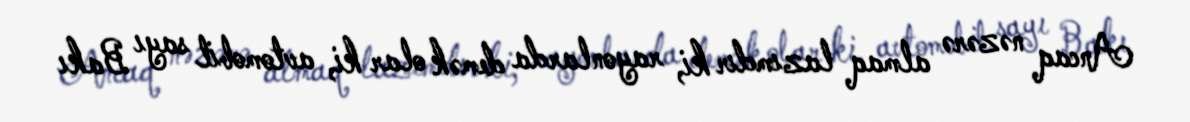
Ancaq nəzərə almaq lazımdır ki, rayonlarda demək olar ki, avtomobil sayı Bakı